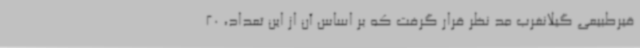
قیرطبیعی گیلانغرب مد نظر قرار گرفت که بر اساس آن از این تعداد، 20